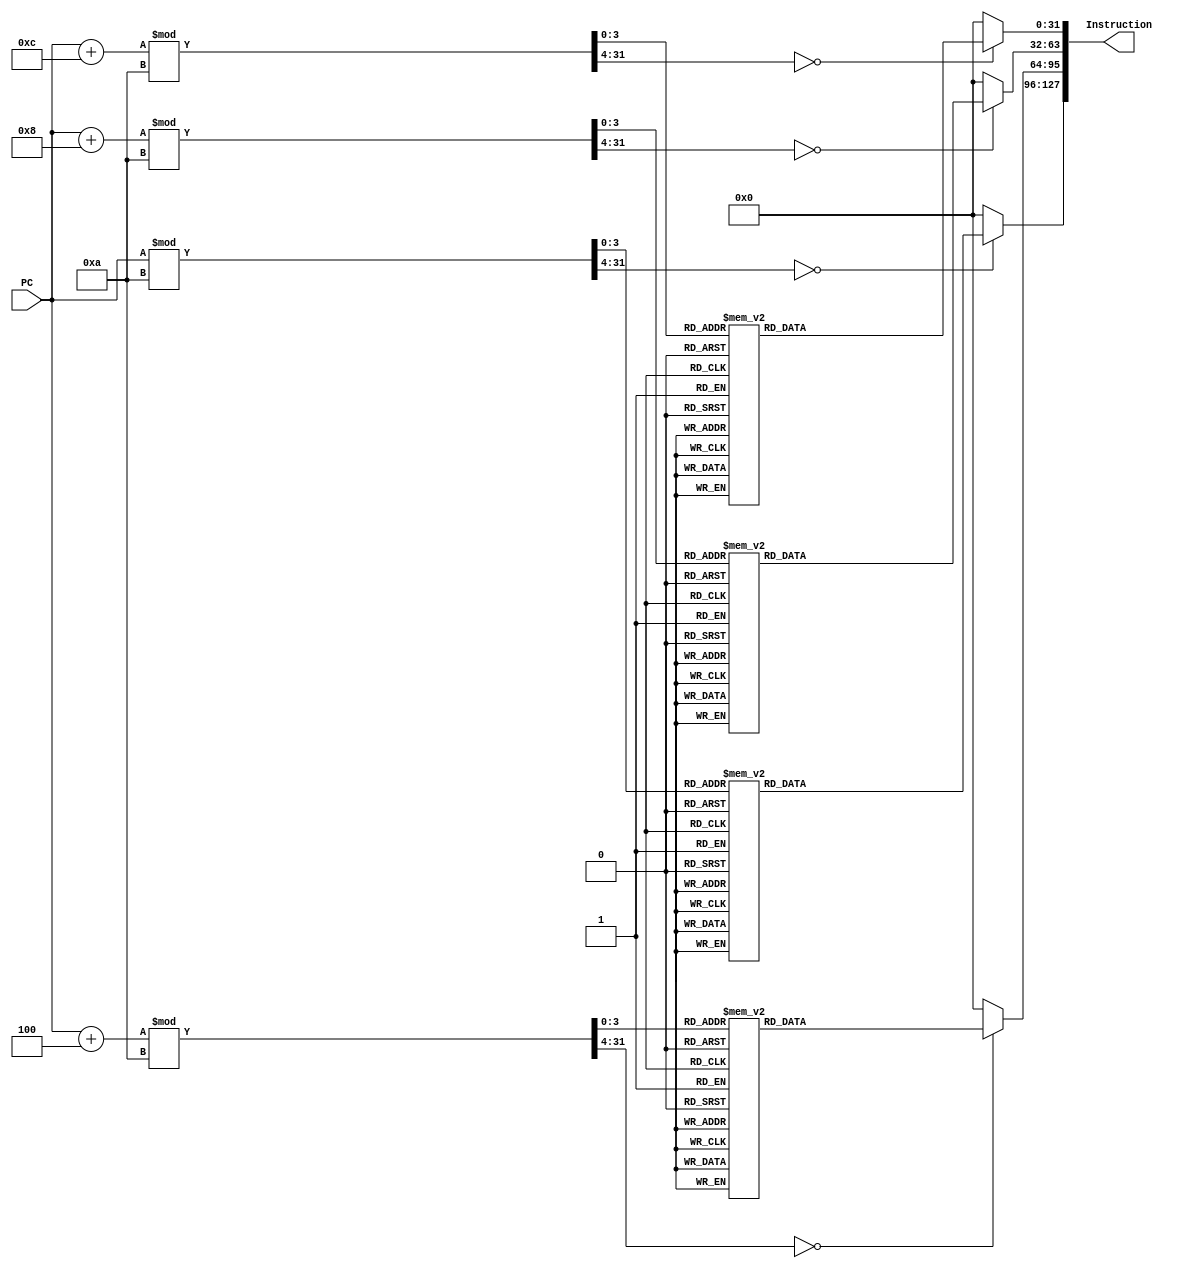
`timescale 1ns / 1ps

module insmem(PC,// PC (address) of instruction in IMem
            Instruction);
  parameter PROG_LENGTH= 10;
  //-------------Input Ports-----------------------------
  input [31:0] PC;
  reg [31:0] select;
  //-------------Output Ports----------------------------
  output reg [127:0] Instruction;
  genvar i;
  //------------Code Starts Here-------------------------

  
  always @(PC) begin
      Instruction <= {out(PC),out(PC+4'd4),out(PC+4'd8),out(PC+4'd12)};
      #100;
  end


  function [31:0] out; 
    input [31:0] sel;
    begin
    case(sel % PROG_LENGTH)
      0: out=  32'b110010_00000_00000_0000000000000001;
      1: out=  32'b110010_00001_00001_0000000000000001;
      2: out= 32'b010101_00000_00001_00010_00000000000;
      3: out=  32'b010010_00010_00000_00011_00000000000;
      4: out= 32'b010110_00001_00011_00100_00000000000;
      5: out= 32'b010111_00011_00100_00101_00000000000;
      6: out= 32'b000001_00000_00000_0000000000000010;
      7: out=  32'b010010_00011_00011_00110_00000000000;
      8: out=  32'b010010_00011_00011_00110_00000000000;
      9: out=  32'b111110_00011_00100_0000000000000001;
      10: out= 32'b111101_00011_00111_0000000000000001;
      default: out= 0; //NOOP
    endcase 
  end
endfunction

endmodule